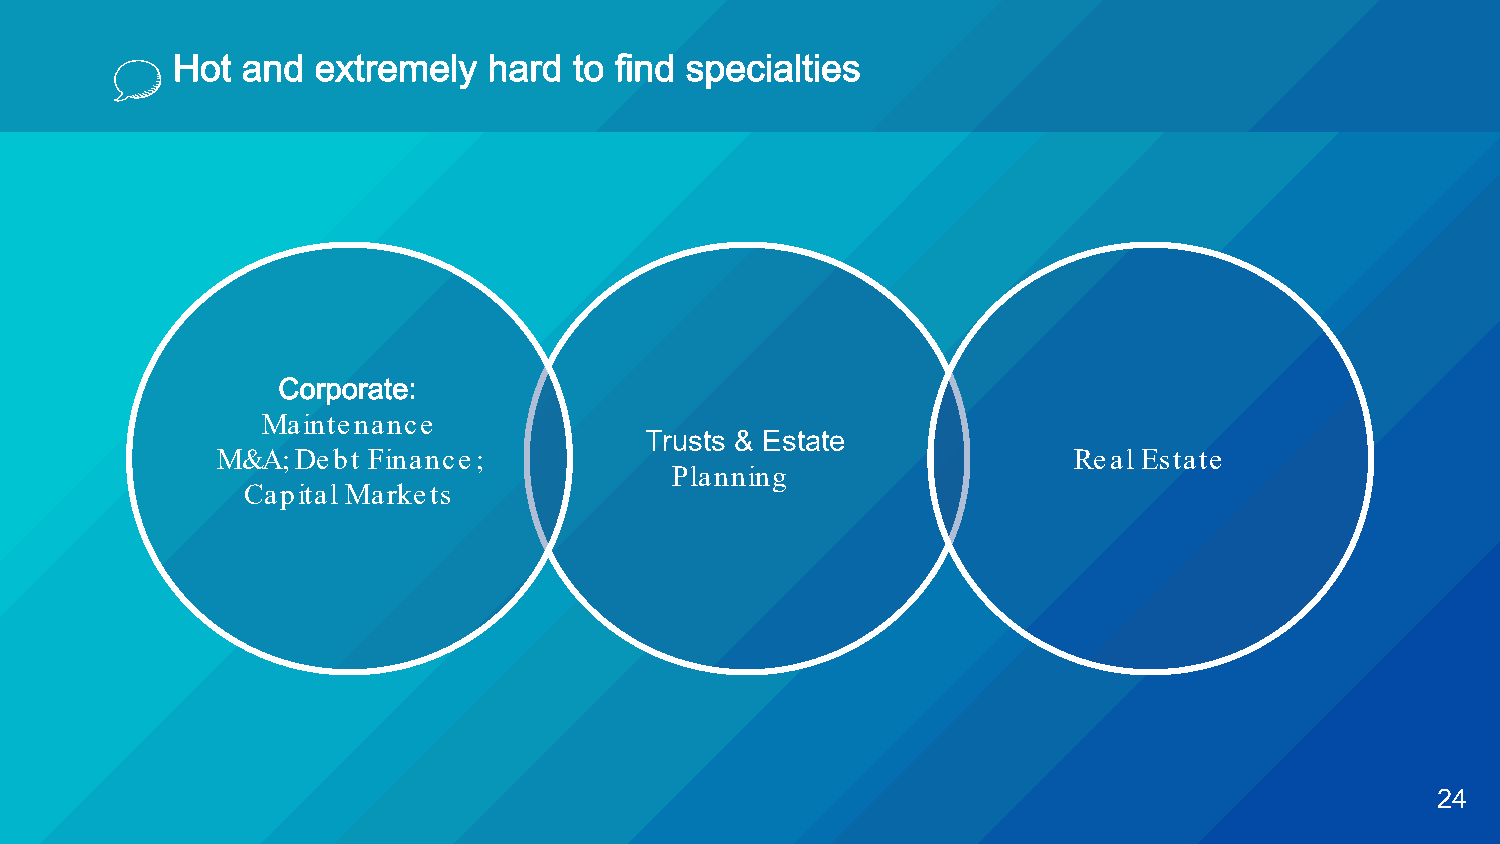
Hot  and  extremely  hard  to find specialties
 Corporate:
 Maintenance
 Trusts & Estate
 M&A;  Debt Finance;                                      Real Estate
 Planning
 Capital Markets
 24